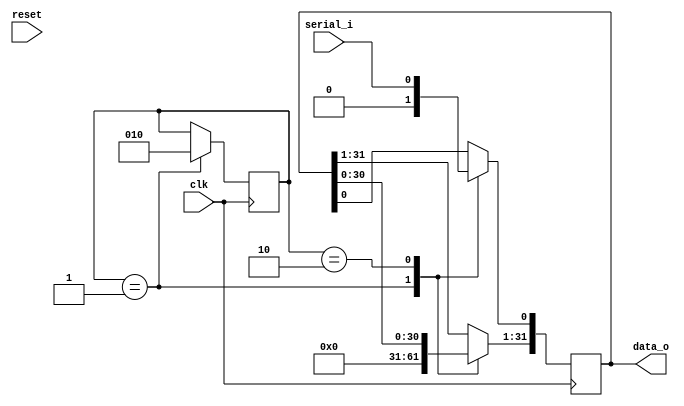
`timescale 1ns / 1ps

    module deserializer_32bit (
        input clk,
        input reset,
        input serial_i,
        output reg [31:0] data_o
    );
     

   
    reg [2:0] state      = 3'b001; 
    parameter INIT       = 3'b001;   
    parameter READ_DATA  = 3'b010;
    
    
    always @ (posedge clk)
    begin: STATE_MASHINE
          case(state)
            INIT: begin  
                state <= READ_DATA;    
            end        
          endcase
    end
    
    always @ (posedge clk)
    begin: EX
          case(state)
            INIT: begin
                data_o <= 0;                                
            end
            READ_DATA: begin        
                data_o <= {data_o, 1'b0};
                data_o[0] <= serial_i;                          
            end                  
        endcase     
    end     
     
     
    endmodule